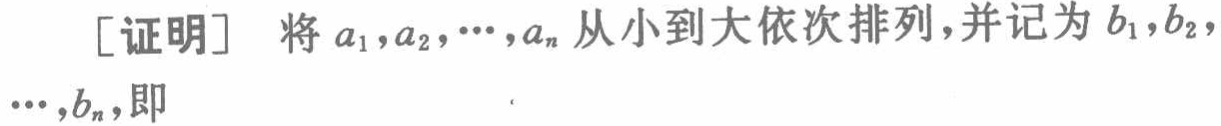
[证明] 将 \(a_1,a_2,\cdots,a_n\) 从小到大依次排列，并记为 \(b_1,b_2,\cdots,b_n\)，即